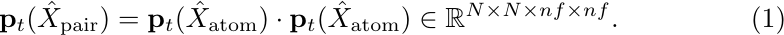
\begin{equation}
    {\mathbf{p}}_t(\hat{X}_{{\rm pair}}) = {\mathbf{p}}_t(\hat{X}_{{\rm atom}}) \cdot {\mathbf{p}}_t(\hat{X}_{{\rm atom}}) \in \mathbb{R}^{N \times N \times nf \times nf}.
\end{equation}